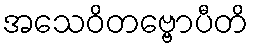
အသေဝိတဗ္ဗောပီတိ